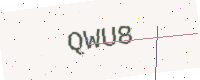
Text: QWU8